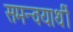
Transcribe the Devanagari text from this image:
समन्वयार्थी